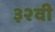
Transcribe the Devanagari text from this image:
३२वी